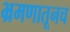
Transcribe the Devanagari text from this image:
भ्रमणातूनच